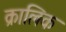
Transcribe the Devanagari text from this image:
क्रालिक